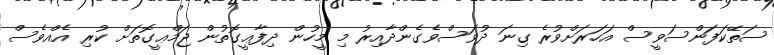
ސަތޭކަފަންސަވީސް އަހަރަށްވުރެ ގިނަ ދުވަސްވެގެންދާއިރު މި މީހުން ދިފާޢީގޮތުން ޖަމްޢީގޮތަށް ކުރި އެއްވެސް